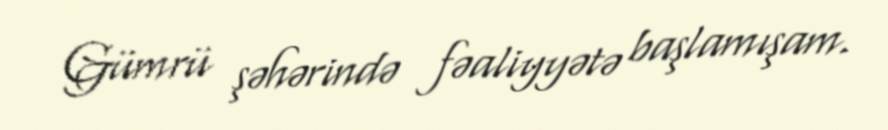
Gümrü şəhərində fəaliyyətə başlamışam.